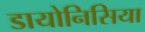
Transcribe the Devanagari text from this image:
डायोनिसिया